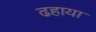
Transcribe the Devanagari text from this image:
ढहाया